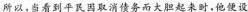
所以，当看到平民因取消债务而大胆起来时，他便设